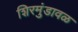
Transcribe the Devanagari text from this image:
शिरमुंडावळ